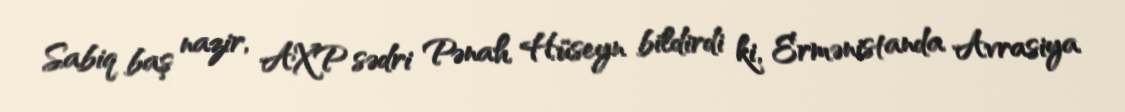
Sabiq baş nazir, AXP sədri Pənah Hüseyn bildirdi ki, Ermənistanda Avrasiya